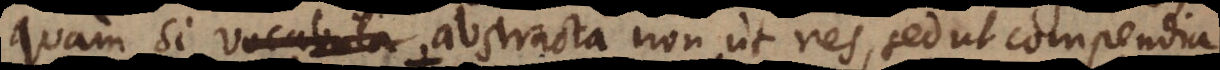
quam si vocabula abstracta non ut res, sed ut compendia